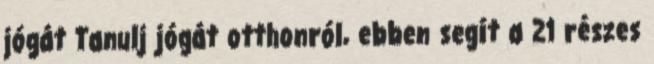
jógát Tanulj jógát otthonról, ebben segít a 21 részes